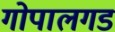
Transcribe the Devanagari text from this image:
गोपालगड